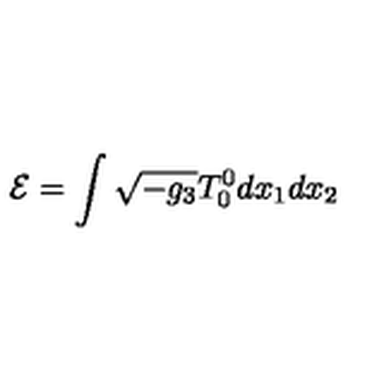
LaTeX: { \cal E } = \int \sqrt { - g _ { 3 } } T _ { 0 } ^ { 0 } d x _ { 1 } d x _ { 2 }